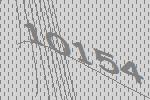
10154